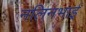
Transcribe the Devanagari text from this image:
नलिनभाई